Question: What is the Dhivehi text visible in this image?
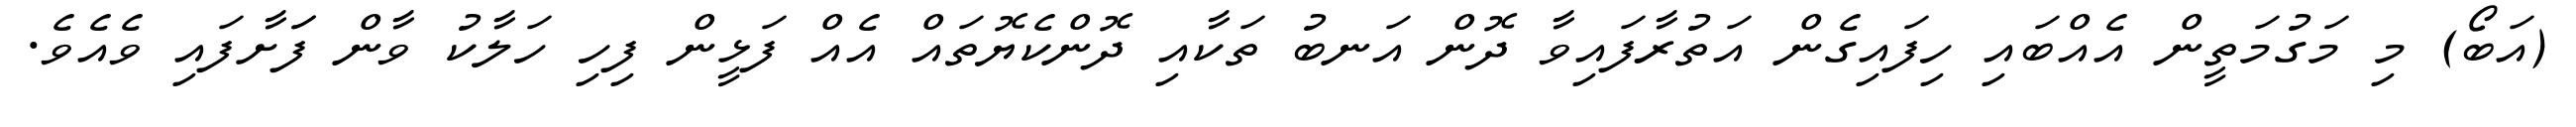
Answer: (އަބޯ) މި މަގުމަތީން އެއްބައި ހިފައިގެން އަތުރާފައިވާ ދޮން އަނބު ތަކާއި ދޮންކެޔޮތައް އެއް ފަޅީން ފިހި ހަލާކު ވާން ފަަށާފައި ވެއެވެ.